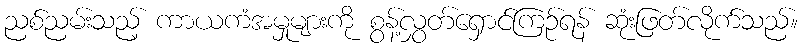
ညစ်ညမ်းသည့် ကာယကံအမှုများကို စွန့်လွှတ်ရှောင်ကြဉ်ရန် ဆုံးဖြတ်လိုက်သည်။